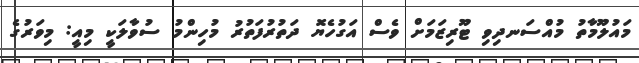
މައުލޫމާތު މުއްސަނދިވި ޓޫރިޒަމަށް ވެސް އަގުހެޔޮ ދަތުރުފަތުރު މުހިންމު ސުވާލަކީ މިއީ: މިވަރުގެ